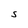
Character: S